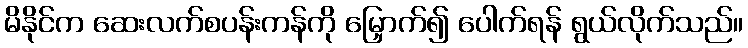
မိနိုင်က ဆေးလက်စပန်းကန်ကို မြှောက်၍ ပေါက်ရန် ရွယ်လိုက်သည်။